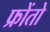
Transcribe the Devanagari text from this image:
फ्रोंतो